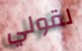
لقولي